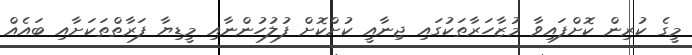
މީގެ ކުރިން ކޮށްފައިވާ މުޒާހަރާތަކުގައި ޖިނާއީ ކުށްކޮށް ފުލުހުންނާއި މީޑިޔާ ފަރާތްތަކަށާއި ބައެއް